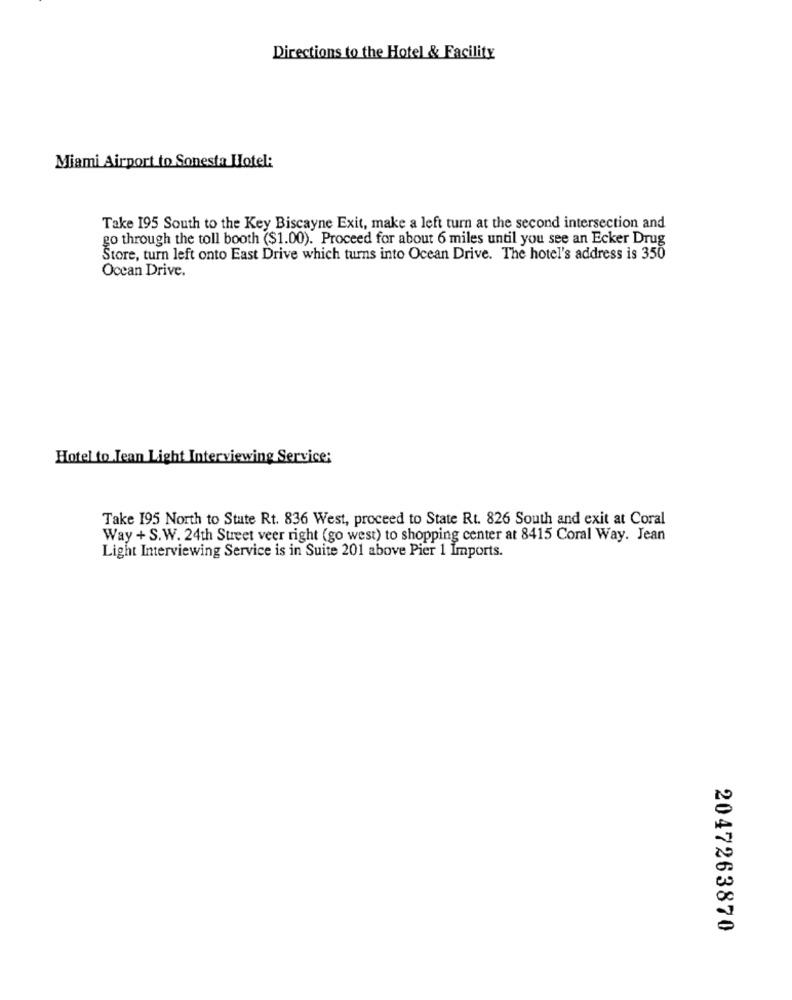
Directions to the Hotel & Facility
Miami Airport to Sonesta Hotel:
Take 195 South to the Key Biscayne Exit, make a left turn at the second intersection and
go through the toll booth ($1.00). Proceed for about 6 miles until you see an Ecker Drug
Store, turn left onto East Drive which turns into Ocean Drive. The hotel's address is 350
Ocean Drive.
Hotel to Jean Light Interviewing Service:
Take 195 North to State Rt. 836 West, proceed to State Rt. 826 South and exit at Coral
Way + S. W. 24th Street veer right (go west) to shopping center at 8415 Coral Way. Jean
Light Interviewing Service is in Suite 201 above Pier 1 Imports.
2047263870